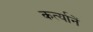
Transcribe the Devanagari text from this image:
कर्त्यानें